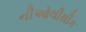
નીઓલીથીક